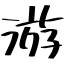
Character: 游